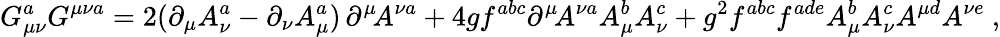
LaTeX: G_{\mu\nu}^{a}G^{\mu\nu a}=2(\partial_{\mu}A_{\nu}^{a}-\partial_{\nu}A_{\mu}^{a})\, \partial^{\mu}\! A^{\nu a}+4gf^{abc}\partial^{\mu}\! A^{\nu a}A_{\mu}^{b}A_{\nu}^{c}+g^{2}f^{abc}f^{ade}A_{\mu}^{b}A_{\nu}^{c}A^{\mu d}A^{\nu e}\ ,